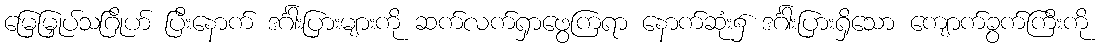
မြေမြှုပ်သဂြိုဟ် ပြီးနောက် ဒင်္ဂါးပြားများကို ဆက်လက်ရှာဖွေကြရာ နောက်ဆုံး၌ ဒင်္ဂါးပြားရှိသော ကျောက်ခွက်ကြီးကို